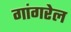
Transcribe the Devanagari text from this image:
गांगरेल